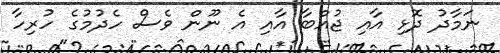
ނަމާދު ދޮޅި އާއި ޖުއްބާ އާއި އެ ނޫން ވެސް ހެދުމުގެ ހުރިހާ